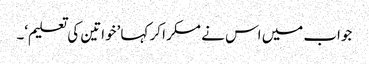
جواب میں اس نے مسکرا کر کہا ’خواتین کی تعلیم‘۔